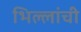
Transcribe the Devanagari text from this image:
भिल्लांची